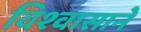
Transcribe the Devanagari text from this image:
विश्‍वासाने